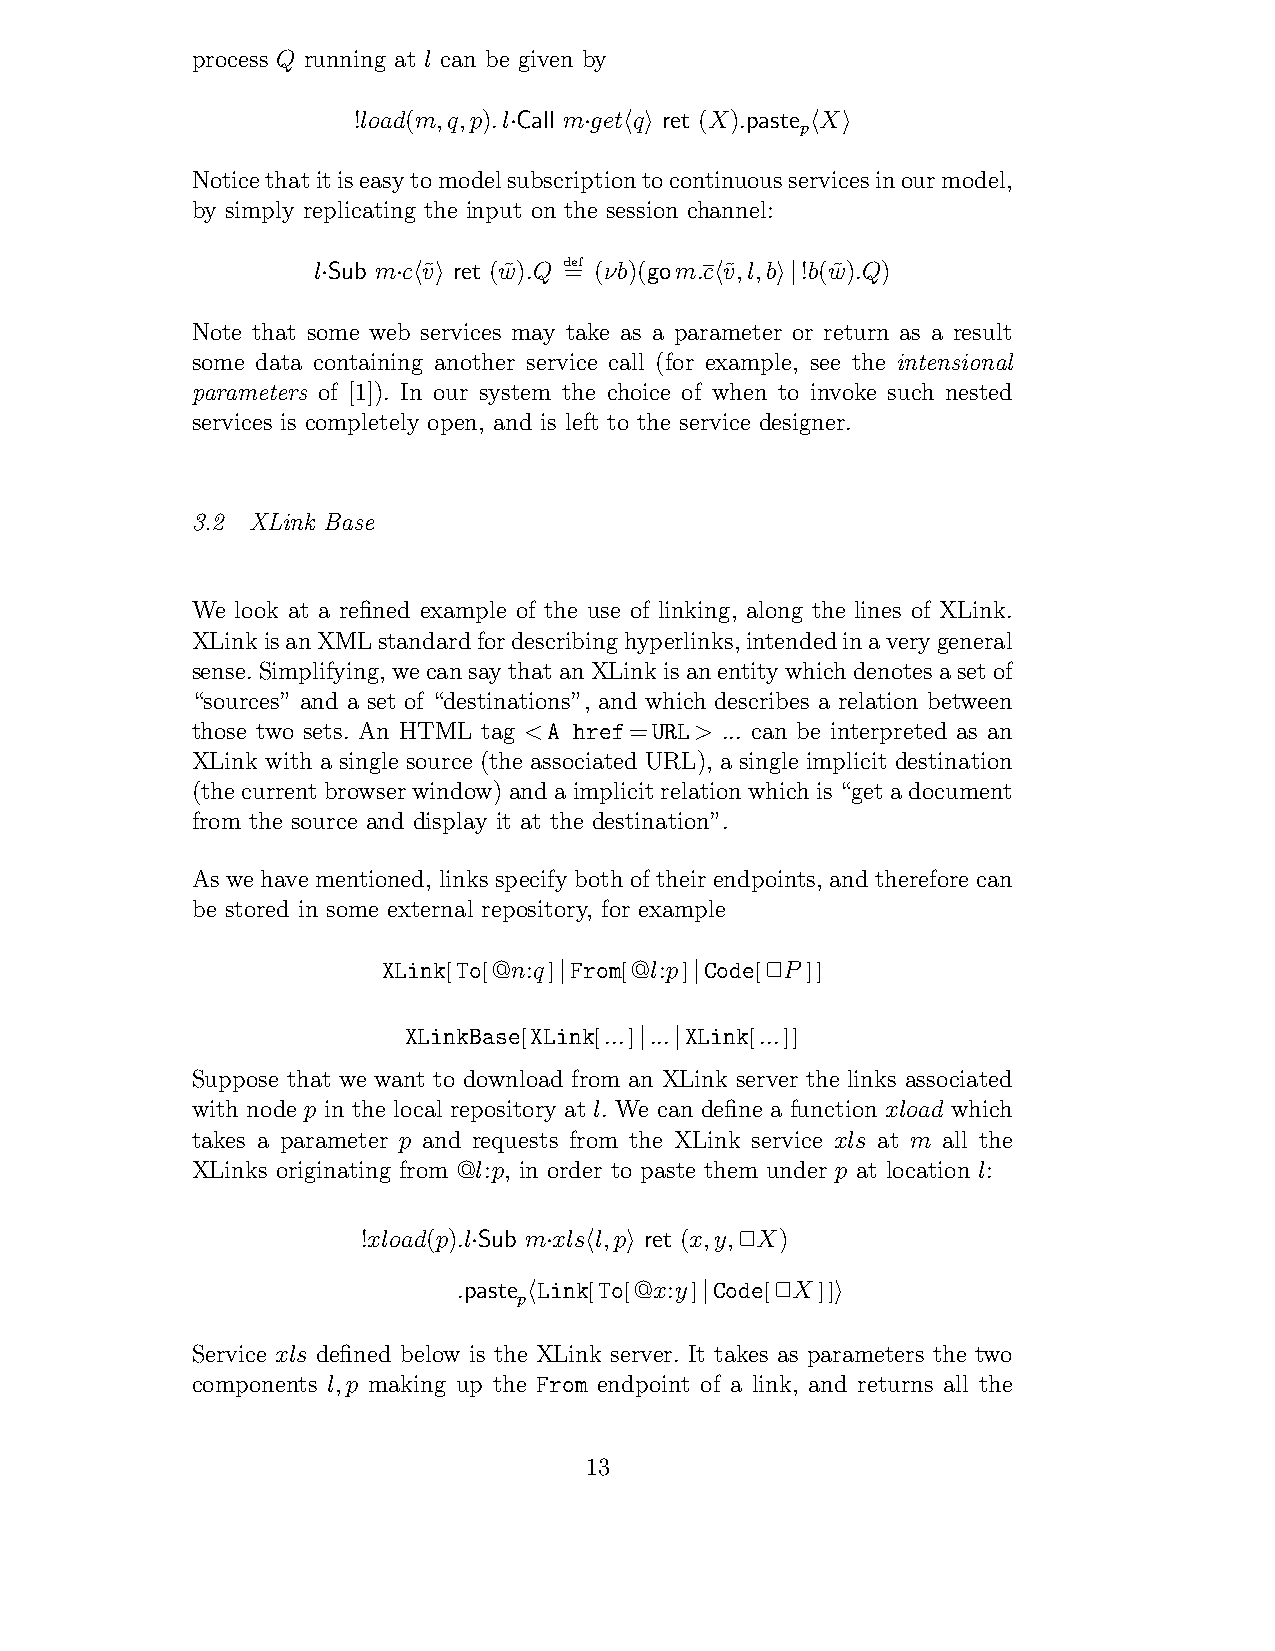
process Q running at l can be given by
 !load(m,q,p).l Call mget q ret (X).paste X
 ·    · ! "         p! "
 Noticethatitiseasytomodelsubscriptiontocontinuousservicesinourmodel,
 by simply replicating the input on the session channel:
 l Sub mc v˜ ret (w˜).Q d=ef (νb)(gom.c v˜,l,b !b(w˜).Q)
 ·    · ! "                !   "|
 Note that some web services may take as a parameter or return as a result
 some data containing another service call (for example, see the intensional
 parameters of [1]). In our system the choice of when to invoke such nested
 services is completely open, and is left to the service designer.
 3.2 XLink Base
 We look at a refined example of the use of linking, along the lines of XLink.
 XLinkisanXMLstandardfordescribinghyperlinks,intendedinaverygeneral
 sense.Simplifying,wecansaythatanXLinkisanentitywhichdenotesasetof
 “sources” and a set of “destinations”, and which describes a relation between
 those two sets. An HTML tag <A href=URL> ... can be interpreted as an
 XLink with a single source (the associated URL), a single implicit destination
 (the current browser window) and a implicitrelationwhich is “get a document
 from the source and display it at the destination”.
 As we have mentioned, links specify both of their endpoints, and therefore can
 be stored in some external repository, for example
 XLink[To[@n:q] From[@l:p] Code[!P ]]
 |        |
 XLinkBase[XLink[...] ... XLink[...]]
 |  |
 Suppose that we want to download from an XLink server the links associated
 with node p in the local repository at l. We can define a function xload which
 takes a parameter p and requests from the XLink service xls at m all the
 XLinks originating from @l:p, in order to paste them under p at location l:
 !xload(p).l Sub mxls l,p ret (x,y,!X)
 ·    ·  ! "
 .paste Link[To[@x:y] Code[!X]]
 p!          |        "
 Service xls defined below is the XLink server. It takes as parameters the two
 components l,p making up the From endpoint of a link, and returns all the
 13